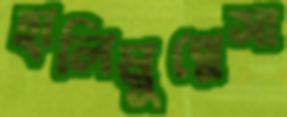
হালিমুন্নেসা